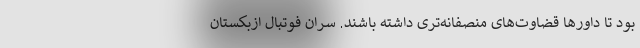
بود تا داورها قضاوت‌های منصفانه‌تری داشته باشند. سران فوتبال ازبکستان